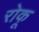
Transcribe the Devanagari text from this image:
रोकू